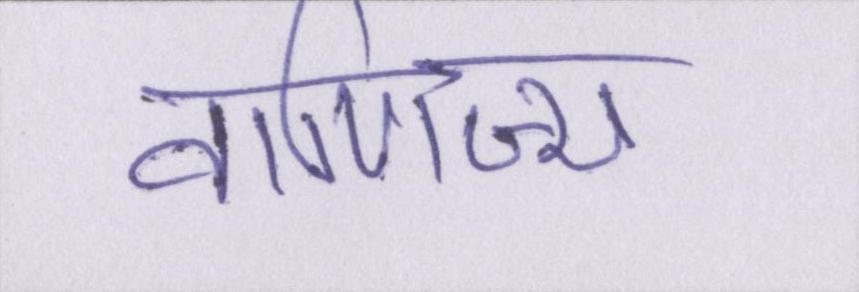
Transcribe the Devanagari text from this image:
वाणिज्य